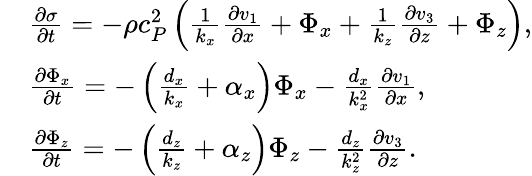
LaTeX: \begin{array}{rl}&{\frac{\partial\sigma}{\partial t}=-\rho c_{P}^{2}\left(\frac{1}{k_{x}}\frac{\partial v_{1}}{\partial x}+\Phi_{x}+\frac{1}{k_{z}}\frac{\partial v_{3}}{\partial z}+\Phi_{z}\right),}\\ &{\frac{\partial\Phi_{x}}{\partial t}=-\left(\frac{d_{x}}{k_{x}}+\alpha_{x}\right)\Phi_{x}-\frac{d_{x}}{k_{x}^{2}}\frac{\partial v_{1}}{\partial x},}\\ &{\frac{\partial\Phi_{z}}{\partial t}=-\left(\frac{d_{z}}{k_{z}}+\alpha_{z}\right)\Phi_{z}-\frac{d_{z}}{k_{z}^{2}}\frac{\partial v_{3}}{\partial z}.}\end{array}